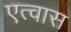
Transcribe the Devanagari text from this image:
एत्वास